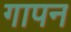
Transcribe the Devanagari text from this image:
गापन